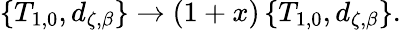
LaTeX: \left\{ T_{1,0},d_{\zeta,\beta}\right\} \rightarrow\left(1+x\right)\left\{ T_{1,0},d_{\zeta,\beta}\right\} .